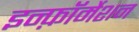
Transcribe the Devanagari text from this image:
इन्फ़ॉर्मेशन